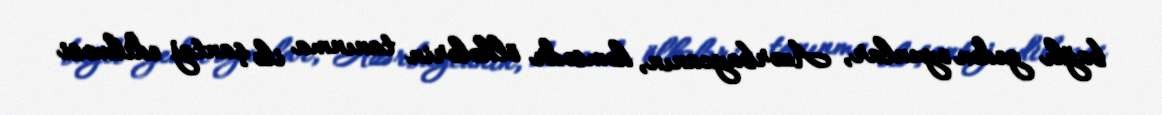
bağlı gedən oyunlar, Azərbaycanın, həmsədr ölkələrin tanınma ilə şantaj edilməsi